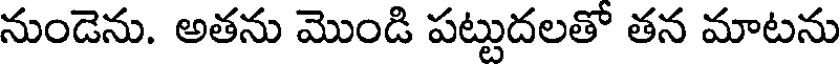
నుండెను. అతను మొండి పట్టుదలతో తన మాటను